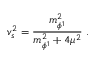
v _ { s } ^ { 2 } = { \frac { m _ { \phi ^ { 1 } } ^ { 2 } } { m _ { \phi ^ { 1 } } ^ { 2 } + 4 \mu ^ { 2 } } } \ .